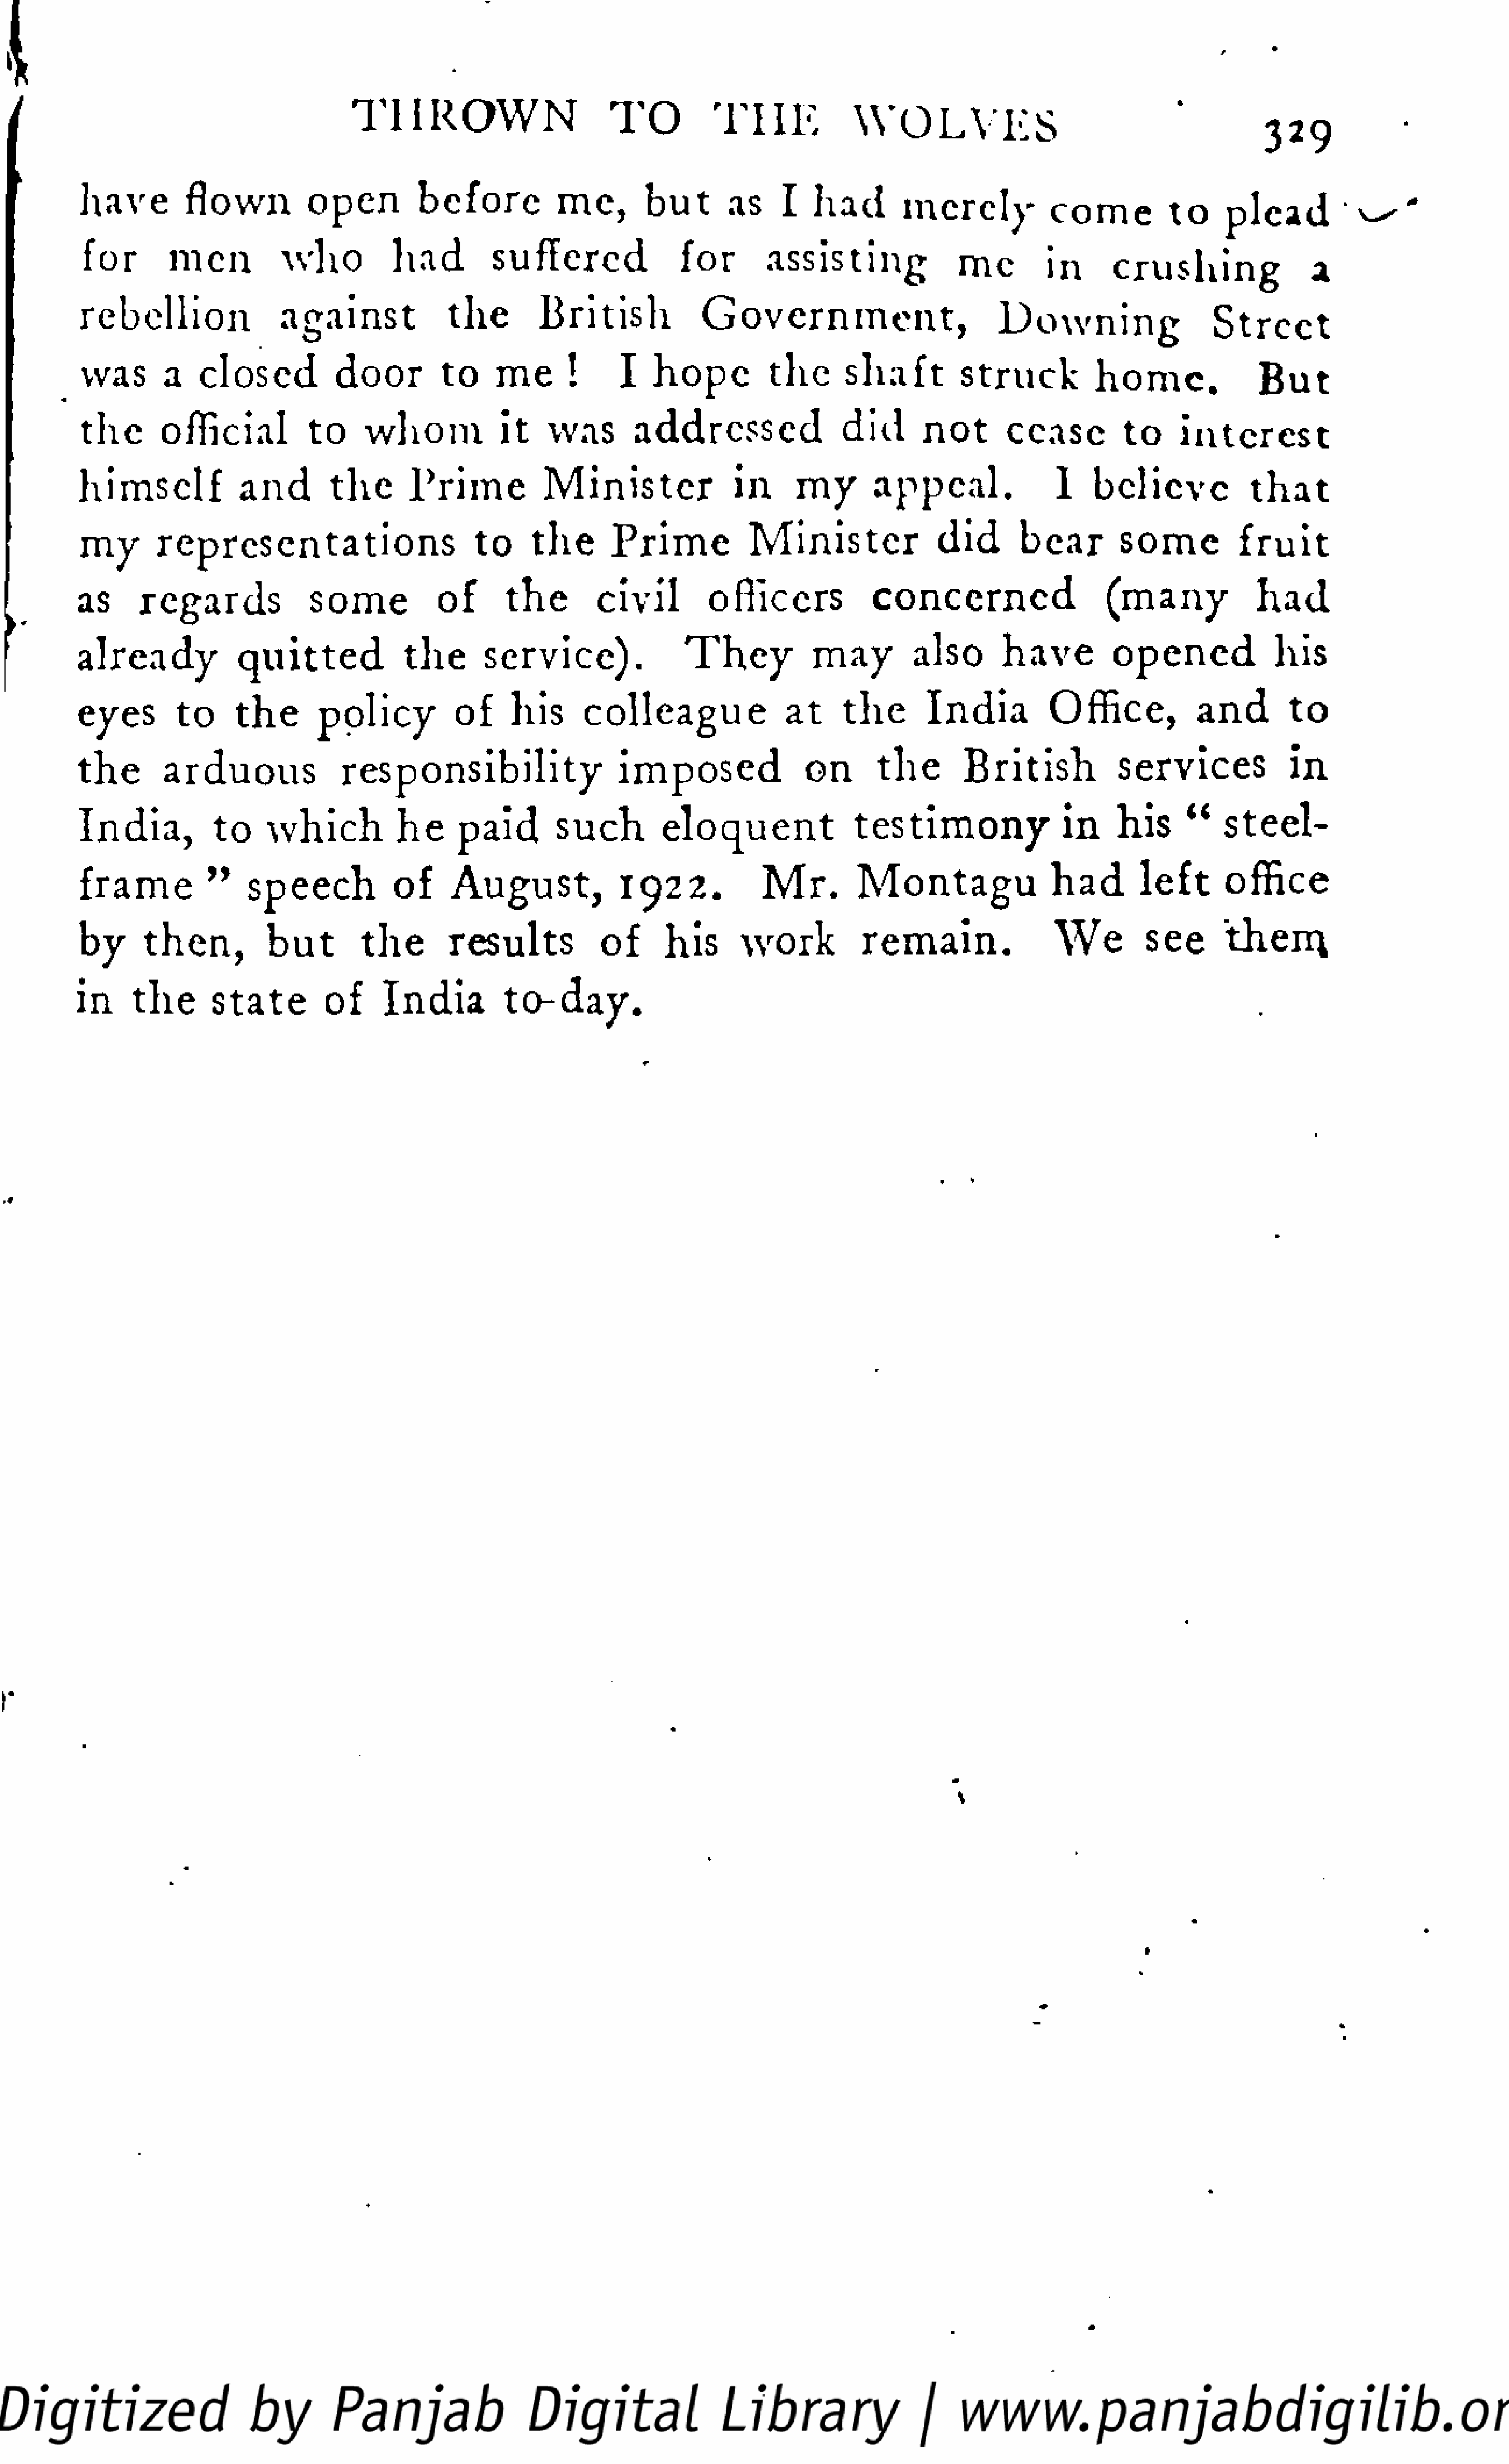
T  H    R   O   WN            TO         T   HE          W    O   L   V   ES                             329
 have         flown         open         before          mc,       b  ut     as    I   had       merely            come          to    plead"
 for       men          who          had        suffered               for       assisting             mc         in      crushing               a
 rebellion               against             the       British            G   o  v  e  r n  m   e  n  t,     Downing                   Street
 was      a    closed          door        to    me       !     I   h o  pe      the      shaft        struck          h  o  m   e.       But
 the      official         to     whom           it    was       addressed               did       not      cease         to     interest
 himself            and        the      Prime          Minister               in     my       appeal.              1   believe            that
 my      representations                       to    the      Prime           Minister              did       bear       some           fruit
 as      regards             some          of       the       civil        ofheers             concerned                  (many             h  ad
 already            quitted            the      service).               T   h  ey      may        also       have         opened             his
 eyes        to     t he     policy          of     his     colleague               at     the      India         Office,           and        to
 the       arduous              responsibility                  imposed               on       the       British           services            in
 India,          to    which          he     paid       such         eloquent              testimony                in    his     "    steel-
 frame          "    speech           of     August,             1922.            M    r.   Montagu                had       left       office
 by      then,         b  ut      t he      results           of     his      work          remain.                We        see       them,
 in    t he      state        of     India         to-day.
 »